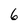
Character: 6